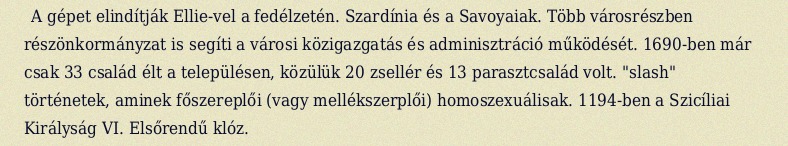
A gépet elindítják Ellie-vel a fedélzetén. Szardínia és a Savoyaiak. Több városrészben részönkormányzat is segíti a városi közigazgatás és adminisztráció működését. 1690-ben már csak 33 család élt a településen, közülük 20 zsellér és 13 parasztcsalád volt. "slash" történetek, aminek főszereplői (vagy mellékszerplői) homoszexuálisak. 1194-ben a Szicíliai Királyság VI. Elsőrendű klóz.